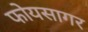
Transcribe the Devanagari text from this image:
फोयसागर